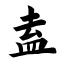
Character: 盍